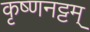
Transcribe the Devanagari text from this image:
कृष्णनट्टम्